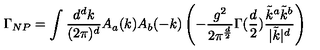
\Gamma _ { N P } = \int { \frac { d ^ { d } k } { ( 2 \pi ) ^ { d } } } A _ { a } ( k ) A _ { b } ( - k ) \left( - { \frac { g ^ { 2 } } { 2 \pi ^ { \frac { d } { 2 } } } } \Gamma ( { \frac { d } { 2 } } ) { \frac { \tilde { k } ^ { a } \tilde { k } ^ { b } } { | \tilde { k } | ^ { d } } } \right)